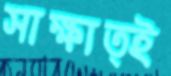
সাক্ষাত্ই